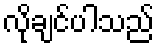
လိုချင်ပါသည်